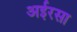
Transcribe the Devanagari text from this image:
अईरसा